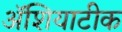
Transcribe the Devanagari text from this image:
ॲशियाटीक